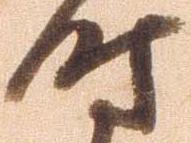
時